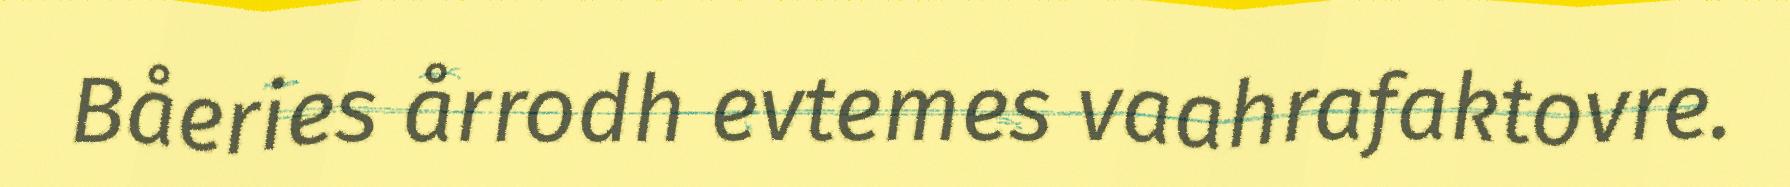
Båeries årrodh evtemes vaahrafaktovre.